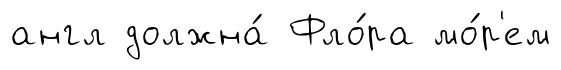
англ должна́ Фло́ра мо́р'ем